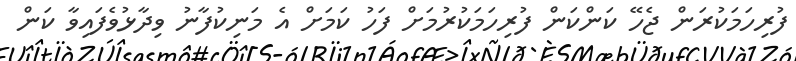
ފުރިހަމަކުރަން ޖެހޭ ކަންކަން ފުރިހަމަކުރުމަށް ފަހު ކަމަށް އެ މަނިކުފާނު ވިދާޅުވެފައިވާ ކަން